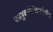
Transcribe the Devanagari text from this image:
कामुकतेशिवायदेखील